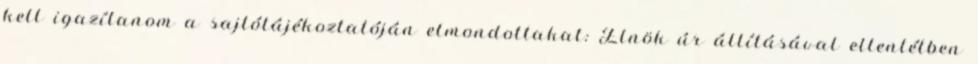
kell igazítanom a sajtótájékoztatóján elmondottakat: Elnök úr állításával ellentétben